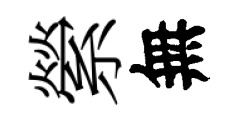
縈無